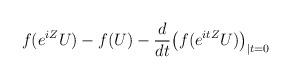
LaTeX: \begin{align*}f(e^{iZ}U)-f(U) -\frac{d}{dt}\bigl(f(e^{itZ}U)\bigr)_{\vert t=0}\end{align*}